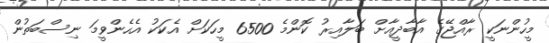
މީހުންނަކީ ރާއްޖޭގެ އާބާދީއާށް ބަލާއިރު ކޮންމެ 6500 މީހަކަށް އެކަކު އެހެންވީމަ ނިސްބަތުން